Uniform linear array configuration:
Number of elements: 48
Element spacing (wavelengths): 0.75
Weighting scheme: binomial
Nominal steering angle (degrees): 45
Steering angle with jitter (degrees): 43.051
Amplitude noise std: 0.05
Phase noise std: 0.05

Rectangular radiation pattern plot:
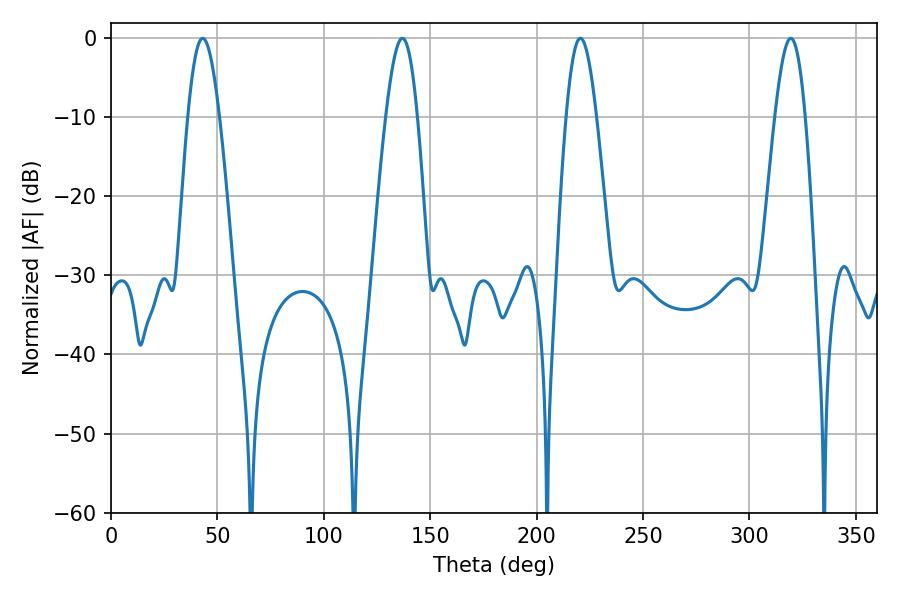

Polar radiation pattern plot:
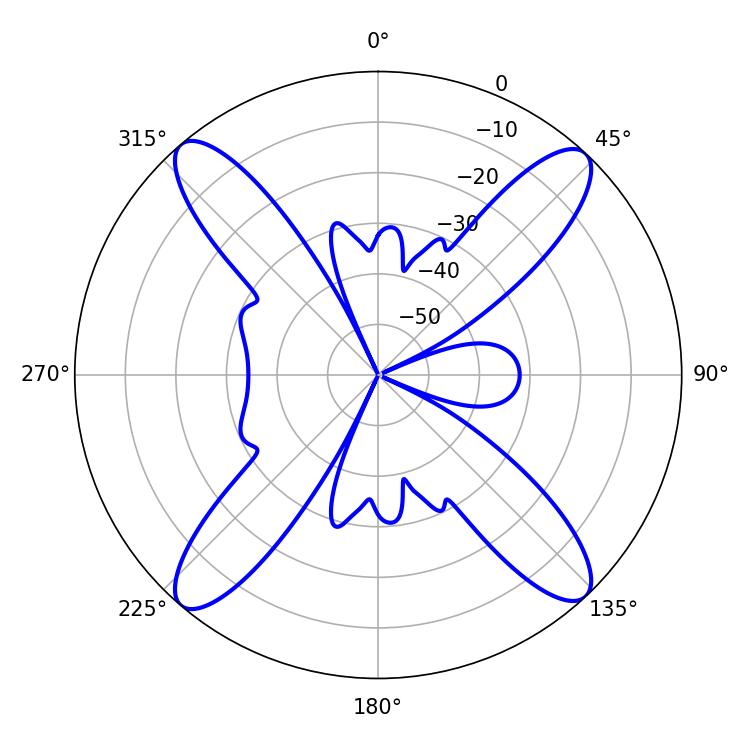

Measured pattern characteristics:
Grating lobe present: TRUE
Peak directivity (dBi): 20.642
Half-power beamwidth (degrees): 7.56
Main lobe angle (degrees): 220.5